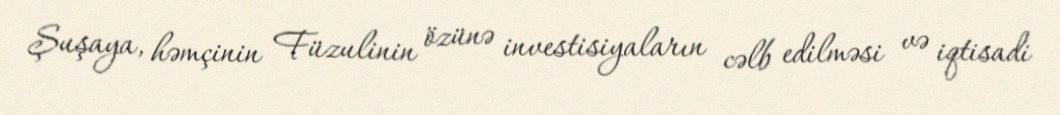
Şuşaya, həmçinin Füzulinin özünə investisiyaların cəlb edilməsi və iqtisadi